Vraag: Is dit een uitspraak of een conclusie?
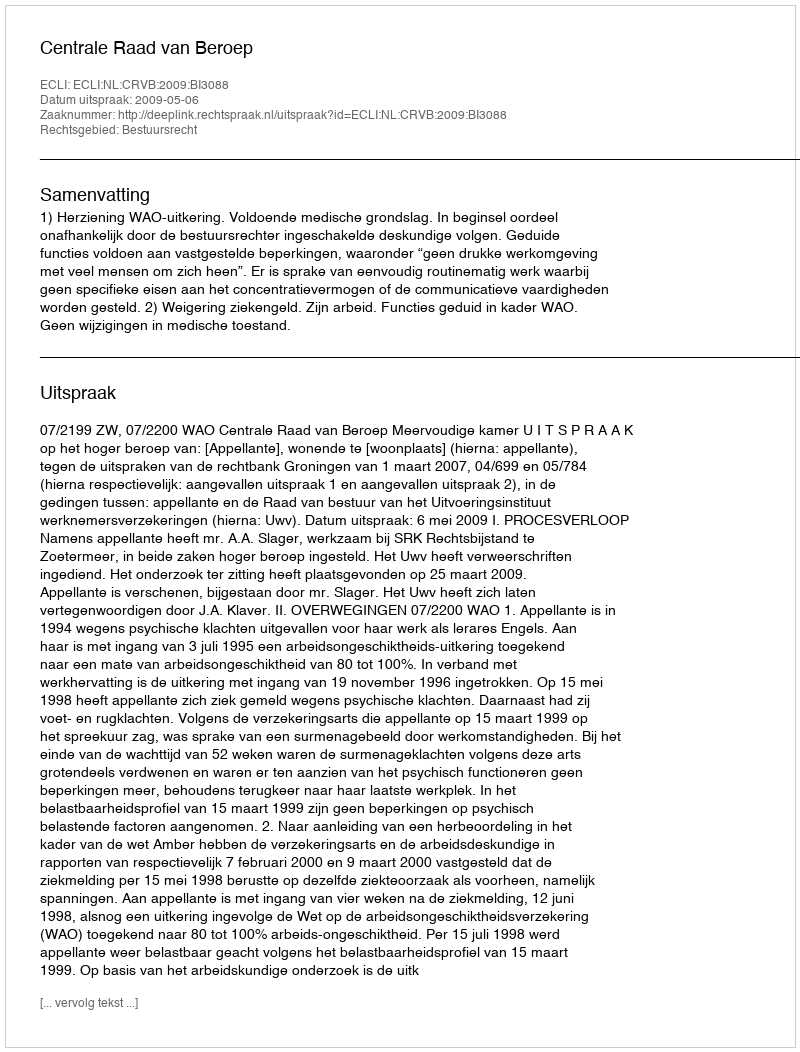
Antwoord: Uitspraak